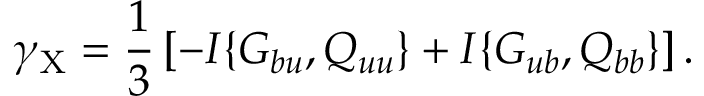
\gamma _ { \mathrm { { X } } } = \frac { 1 } { 3 } \left[ { - I \{ { G _ { b u } , Q _ { u u } } \} + I \{ { G _ { u b } , Q _ { b b } } \} } \right] .